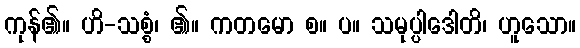
ကုန်၏။ ဟိ-သစ္စံ၊ ၏။ ကတမော စ။ ပ။ သမုပ္ပါဒေါတိ၊ ဟူသော။